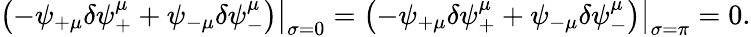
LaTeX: \left.\left(-\psi_{+\mu}\delta\psi_{+}^{\mu}+\psi_{-\mu}\delta\psi_{-}^{\mu}\right)\right|_{\sigma=0}=\left.\left(-\psi_{+\mu}\delta\psi_{+}^{\mu}+\psi_{-\mu}\delta\psi_{-}^{\mu}\right)\right|_{\sigma=\pi}=0.